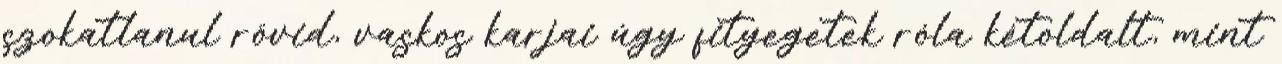
szokatlanul rövid, vaskos karjai úgy fityegetek róla kétoldalt, mint